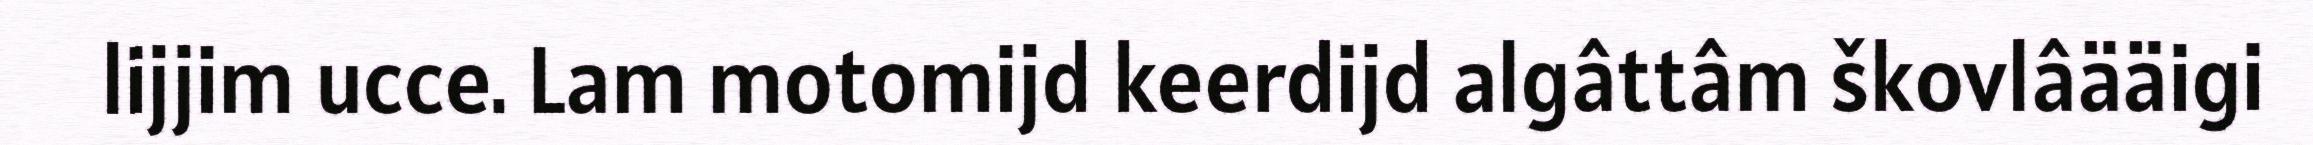
lijjim ucce. Lam motomijd keerdijd algâttâm škovlâääigi